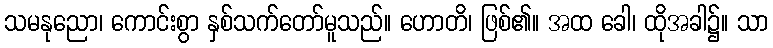
သမနုညော၊ ကောင်းစွာ နှစ်သက်တော်မူသည်။ ဟောတိ၊ ဖြစ်၏။ အထ ခေါ၊ ထိုအခါ၌။ သာ